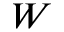
W